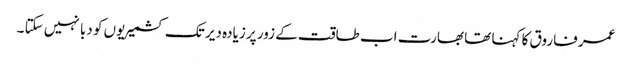
عمر فاروق کا کہنا تھا بھارت اب طاقت کے زور پر زیادہ دیر تک کشمیریوں کو دبا نہیں سکتا ۔